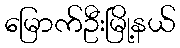
မြောက်ဦးမြို့နယ်